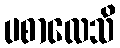
ပစာလေသိ